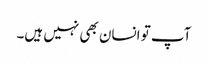
آپ تو انسان بھی نہیں ہیں۔